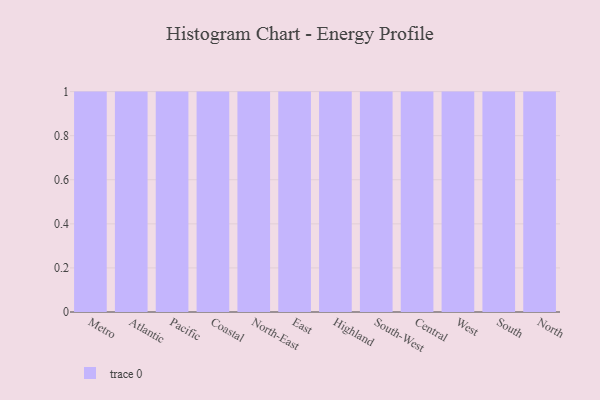
{"axis": {"x": "Region", "y": "Net Income (USD K)"}, "legend": [""], "data": [{"x": "Metro", "y": 49, "type": ""}, {"x": "Atlantic", "y": 95, "type": ""}, {"x": "Pacific", "y": 58, "type": ""}, {"x": "Coastal", "y": 57, "type": ""}, {"x": "North-East", "y": 48, "type": ""}, {"x": "East", "y": 88, "type": ""}, {"x": "Highland", "y": 65, "type": ""}, {"x": "South-West", "y": 82, "type": ""}, {"x": "Central", "y": 63, "type": ""}, {"x": "West", "y": 72, "type": ""}, {"x": "South", "y": 62, "type": ""}, {"x": "North", "y": 70, "type": ""}]}